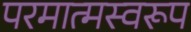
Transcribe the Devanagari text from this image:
परमात्मस्वरूप